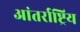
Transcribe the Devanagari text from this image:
आंतर्राष्ट्रिय